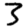
Digit: 3